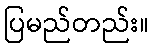
ပြမည်တည်း။